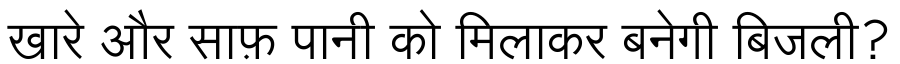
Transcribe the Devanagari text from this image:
खारे और साफ़ पानी को मिलाकर बनेगी बिजली?